65_HS1-834228961_62-HQ-83894_Section_1
Agency: FBI
Page 167
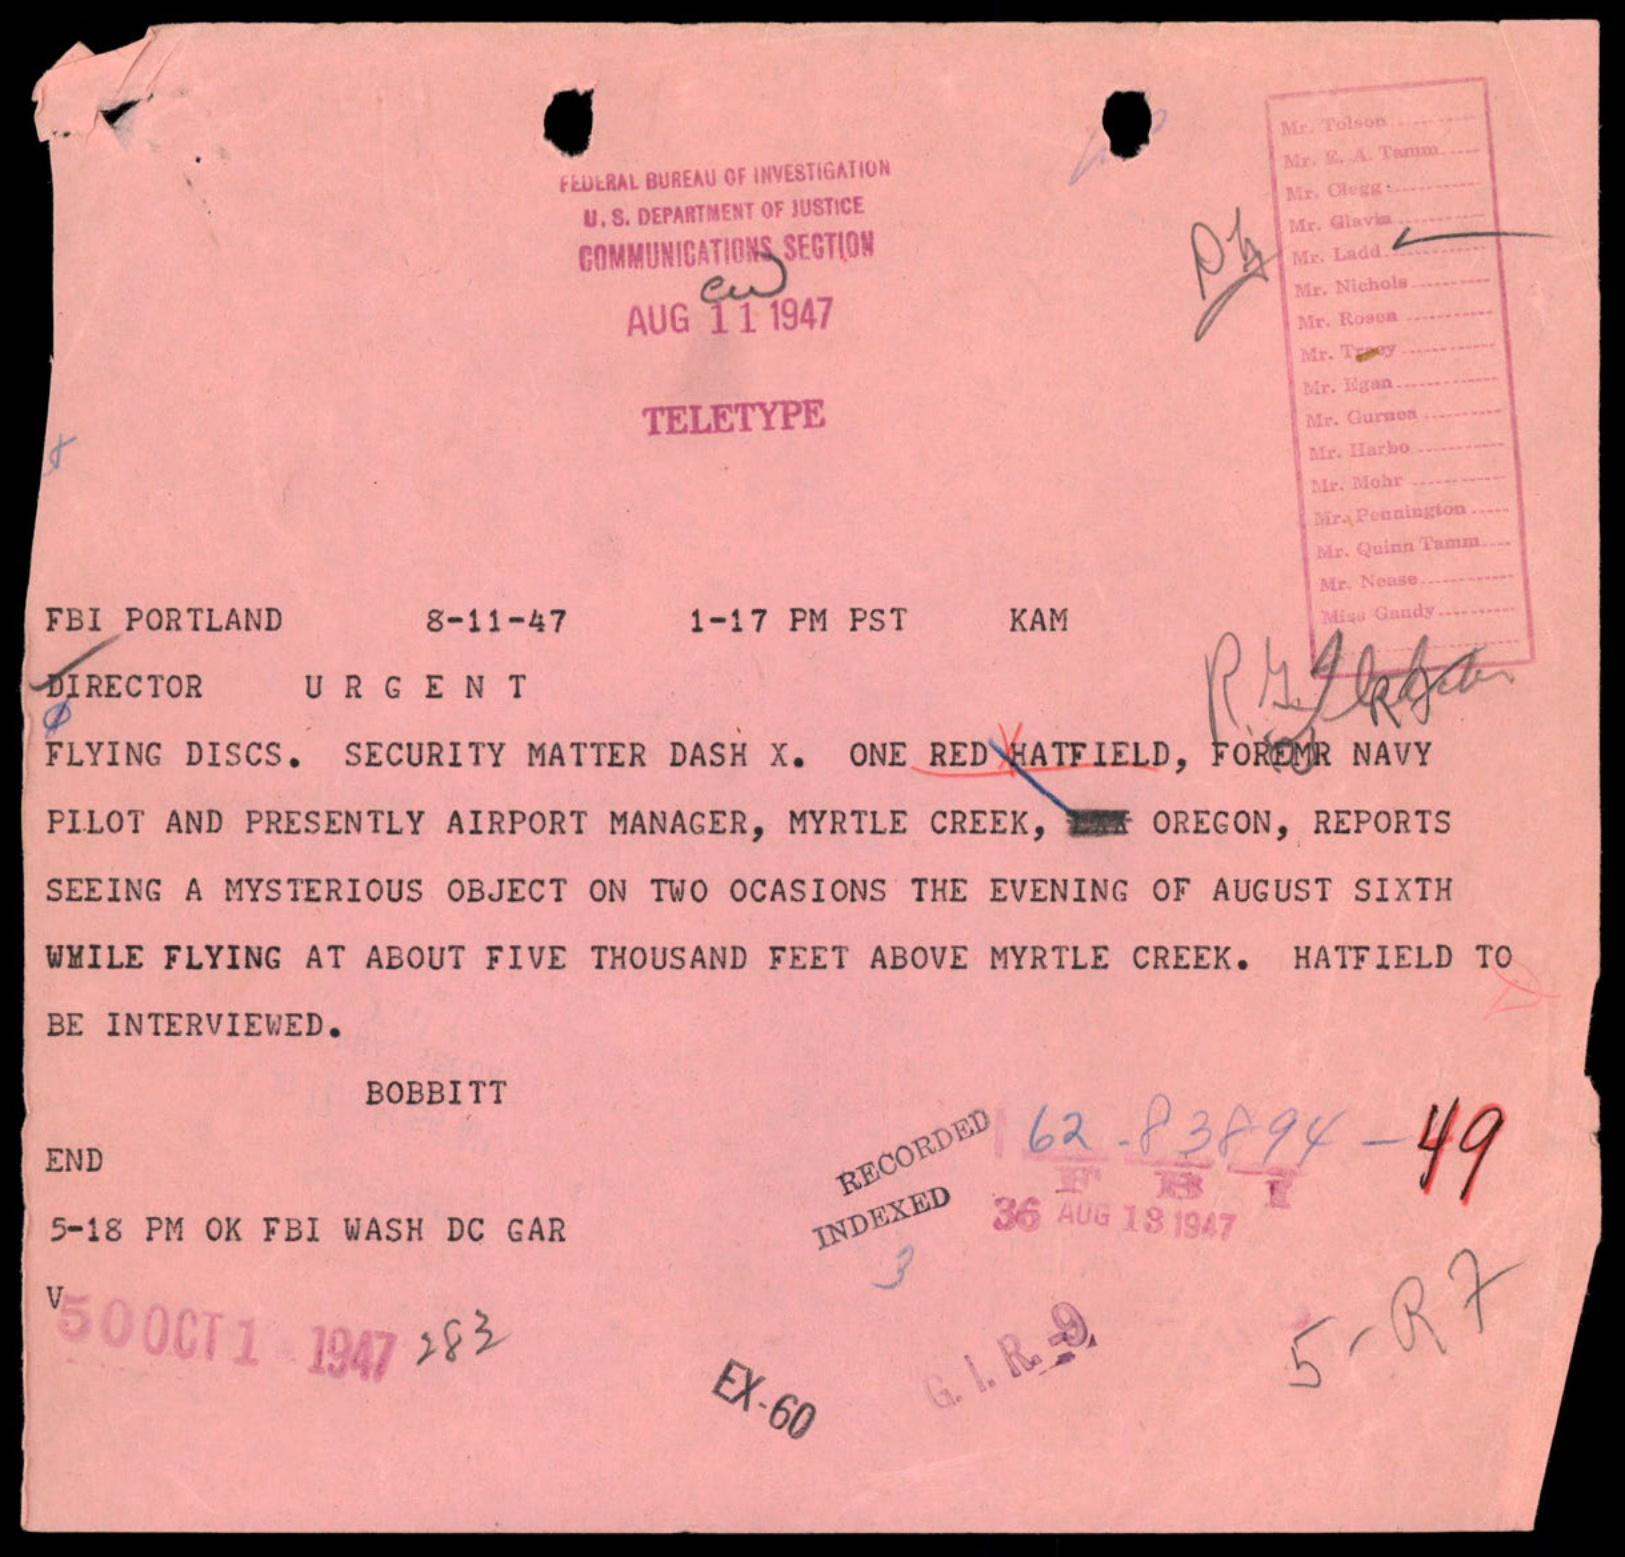